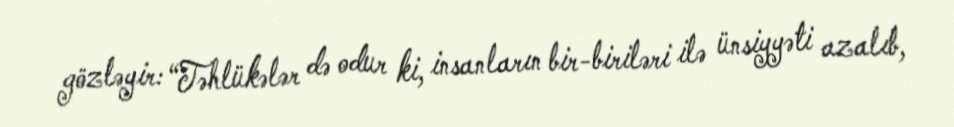
gözləyir: “Təhlükələr də odur ki, insanların bir-biriləri ilə ünsiyyəti azalıb,